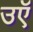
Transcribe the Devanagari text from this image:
उऍ